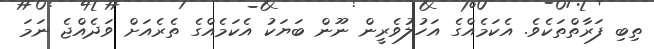
ތިބި ފަރާތްތަކެވެ. އެކަމެއްގެ އަހުލުވެރީން ނޫން ބަޔަކު އެކަމެއްގެ ތެރެއަށް ވަދެއްޖެ ނަމަ